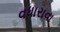
વધારાવા